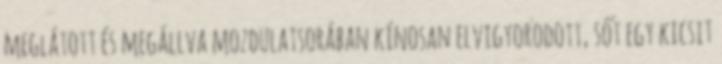
meglátott és megállva mozdulatsorában kínosan elvigyorodott, sőt egy kicsit